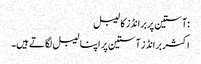
:آستین پر برانڈز کا لیبل
اکثر برانڈز آستین پر اپنا لیبل لگاتے ہیں۔